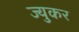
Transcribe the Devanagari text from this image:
ज्युकर